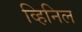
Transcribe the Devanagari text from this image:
व्हिनिल